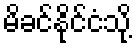
မိခင်နိုင်ငံသို့